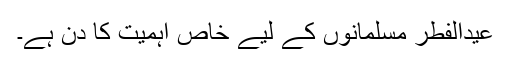
عیدالفطر مسلمانوں کے لیے خاص اہمیت کا دن ہے۔